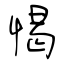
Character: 愒